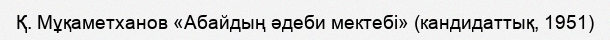
Қ. Мұқаметханов «Абайдың әдеби мектебі» (кандидаттық, 1951)